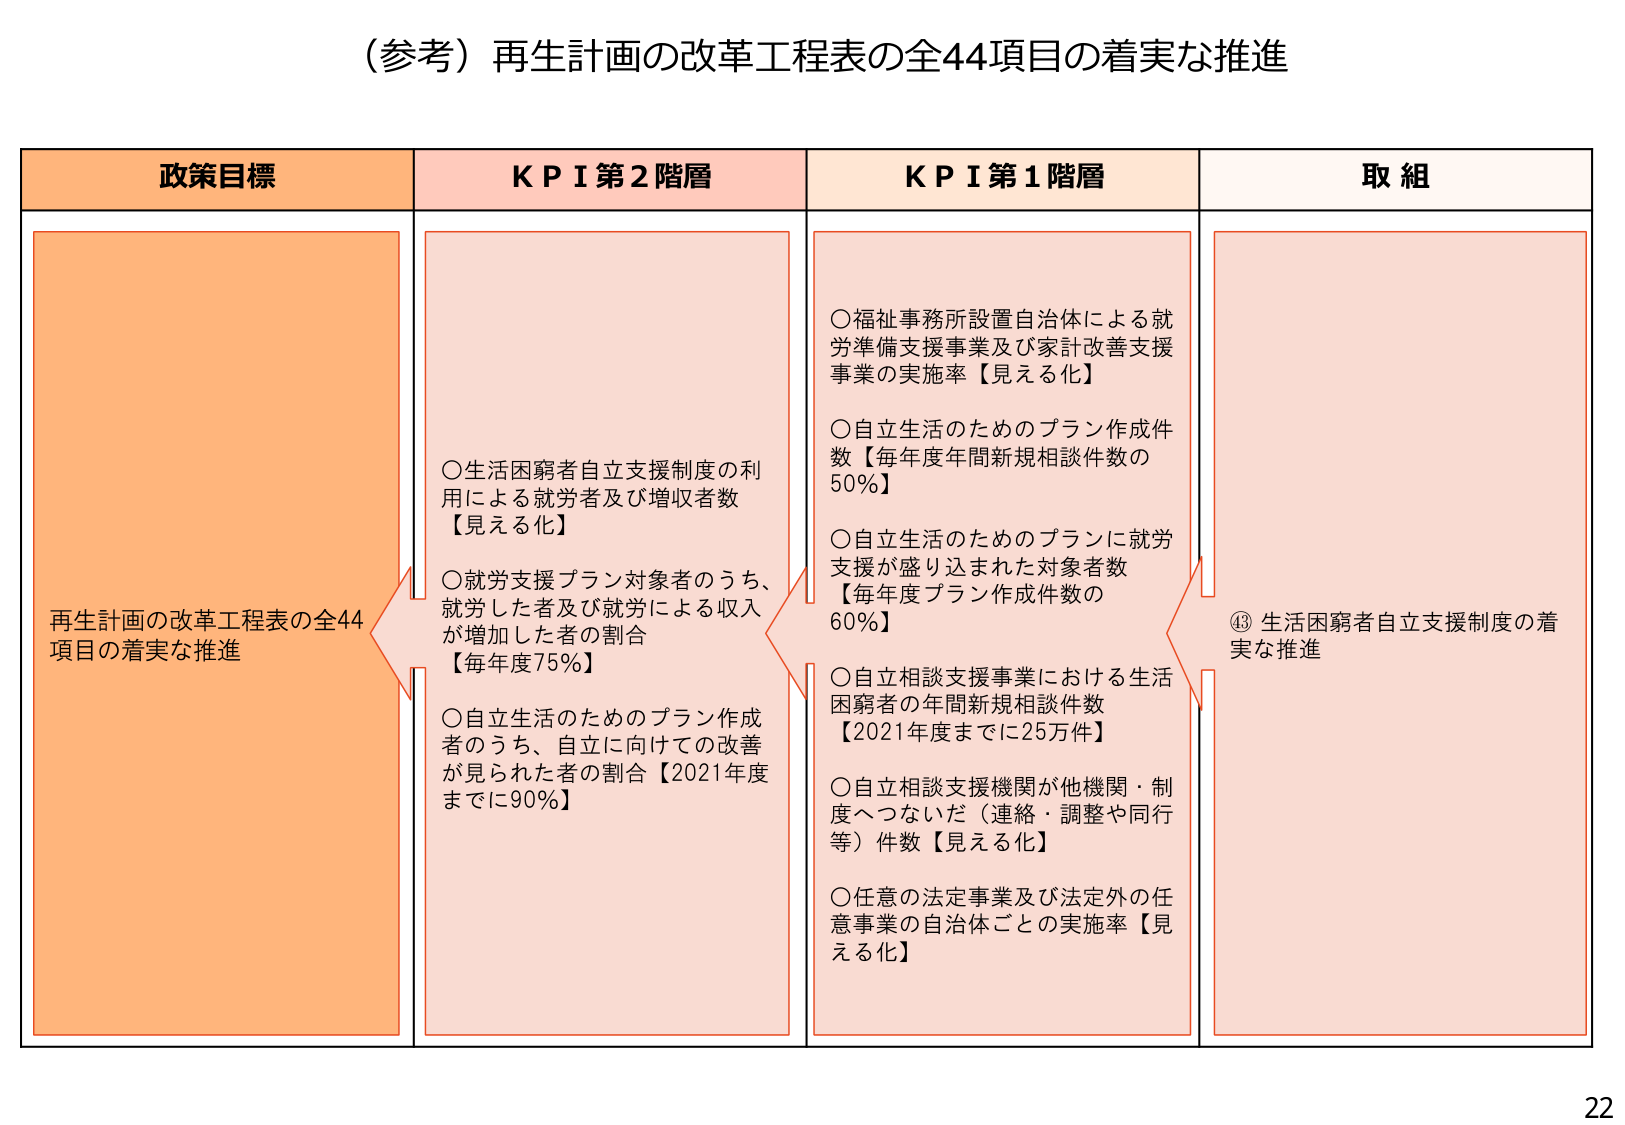
（参考）再生計画の改革工程表の全44項目の着実な推進

政策目標
再生計画の改革工程表の全44項目の着実な推進

ＫＰＩ第2階層
○生活困窮者自立支援制度の利用による就労者及び増収者数【見える化】
○就労支援プラン対象者のうち、就労した者及び就労による収入が増加した者の割合【毎年度75％】
○自立生活のためのプラン作成者のうち、自立に向けての改善が見られた者の割合【2021年度までに90％】

ＫＰＩ第1階層
○福祉事務所設置自治体による就労準備支援事業及び家計改善支援事業の実施率【見える化】
○自立生活のためのプラン作成件数【毎年度年間新規相談件数の50％】
○自立生活のためのプランに就労支援が盛り込まれた対象者数【毎年度プラン作成件数の60％】
○自立相談支援事業における生活困窮者の年間新規相談件数【2021年度までに25万件】
○自立相談支援機関が他機関・制度へつないだ（連絡・調整や同行等）件数【見える化】
○任意の法定事業及び法定外の任意事業の自治体ごとの実施率【見える化】

取組
⑬生活困窮者自立支援制度の着実な推進

22